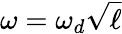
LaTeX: \omega=\omega_{d}\sqrt{\ell}